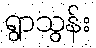
ရွာသွန်း